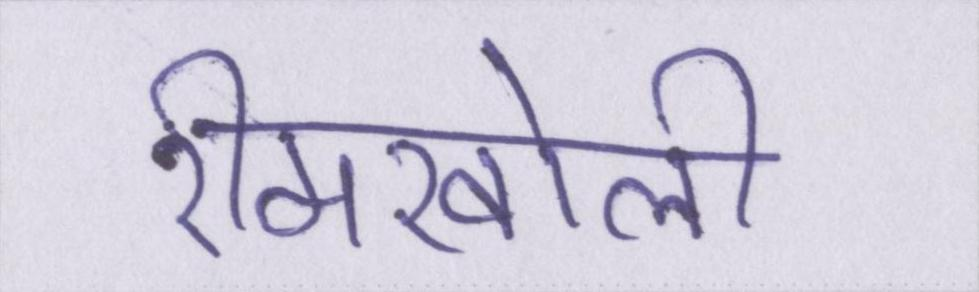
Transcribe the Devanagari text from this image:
रीमखोली